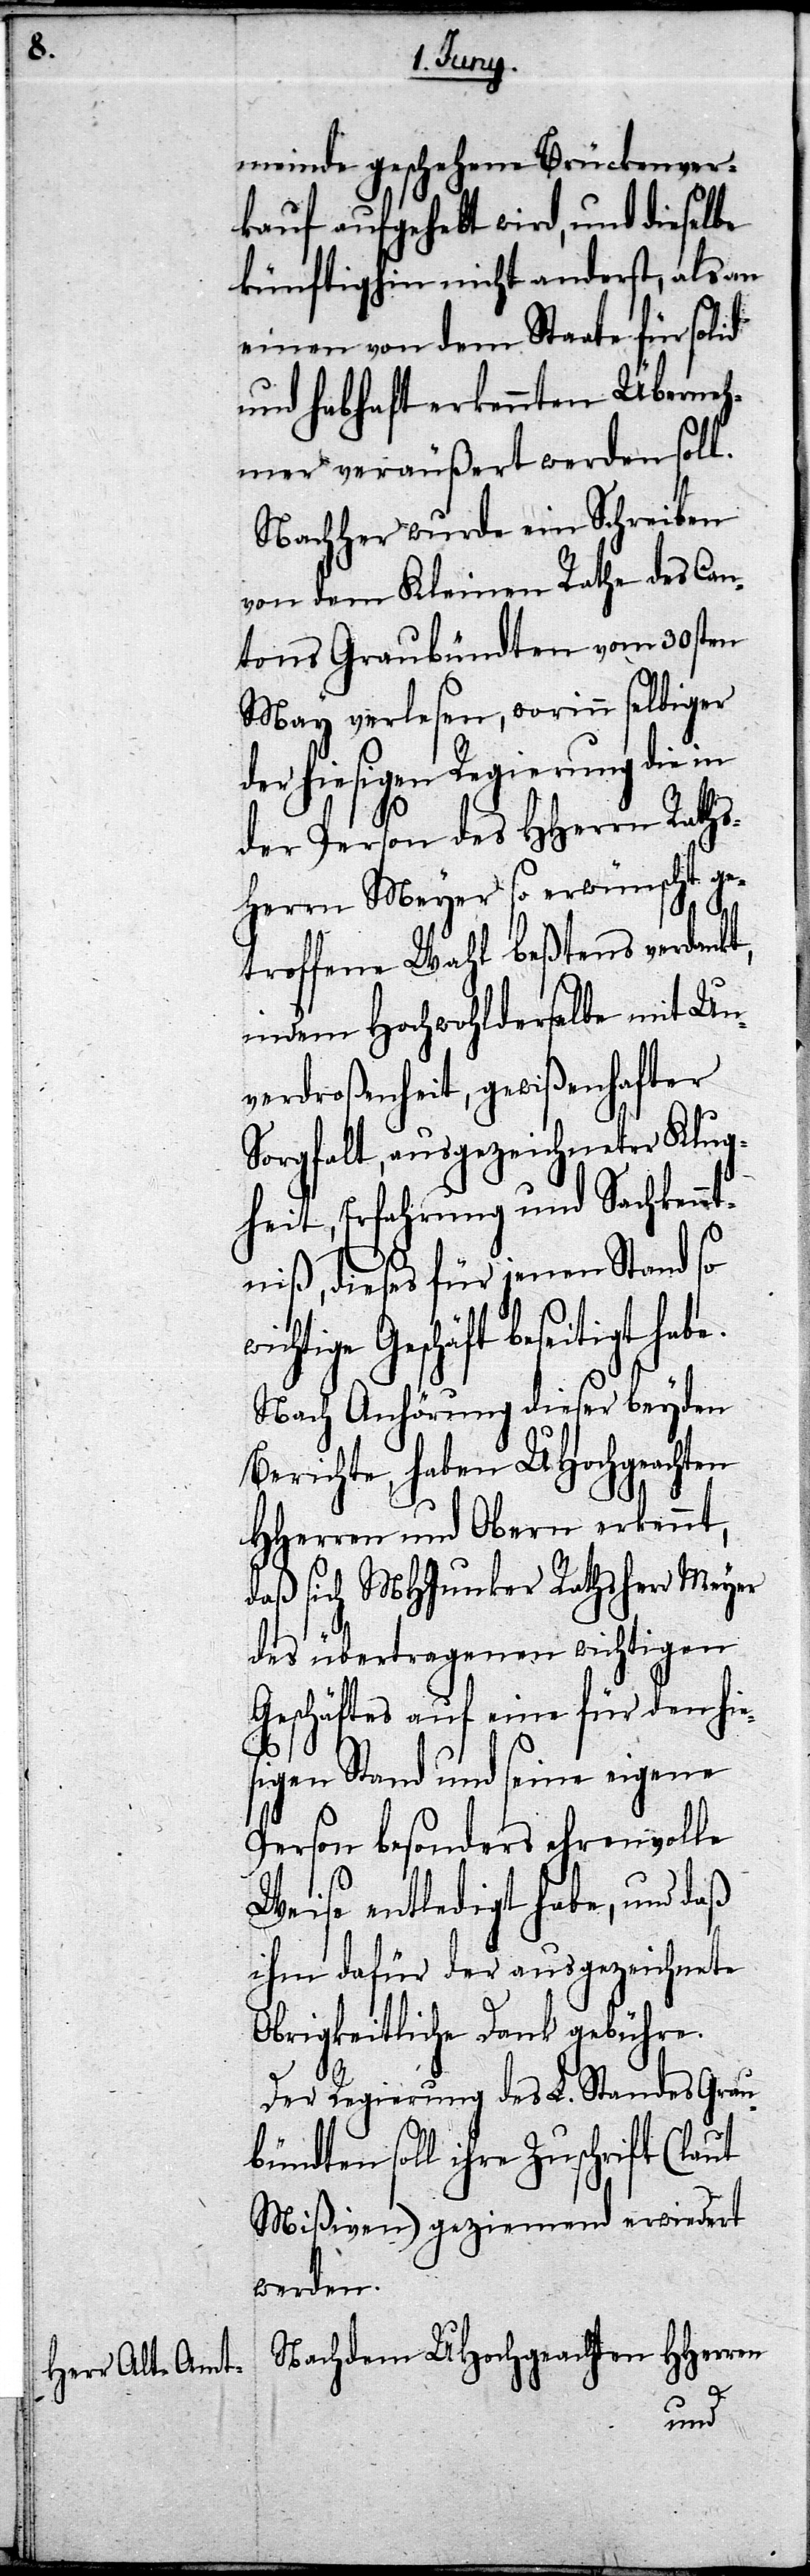
meinde geschehene Brückenver¬
kauf aufgehebt wird, und dieselbe
künftighin nicht anderst, als an
einen von dem Staate für solid
und habhaft erkennten Überneh¬
mer veräußert werden soll.
Nachher wurde ein Schreiben
von dem Kleinen Rathe des Can¬
tons Graubündten vom 30sten
May verlesen, worinn selbiger
der hiesigen Regierung die in
es¬
der Person des HHerrn Raths¬
herrn Meyer so erwünscht ge¬
troffene Wahl beßtens verdankt,
indem Hochwohlderselbe mit Un¬
verdroßenheit, gewißenhafter
Sorgfalt, ausgezeichneter Klug¬
heit, Erfahrung und Sachkennt¬
niß, dieses für jenen Stand so
Geschäft beseitigt hab¬
Nach Anhörung dieser beyden
Berichte, haben UHochgeachten
HHerren und Obern erkennt,
daß sich MHJunker Rathsherr Meyer
des übertragenen wichtigen
Geschäftes auf eine für den hi¬
igen Stand und seine eigene
Person besonders ehrenvolle
Weise entledigt habe, und daß
ihm dafür der ausgezeichnete
Obrigkeitliche Dank gebühre.
Der Regierung des L. Standes Grau¬
bündten soll ihre Zuschrift (laut
Mißiven) geziemend erwiedert
werden.
Nachdem UHochgeachten HHerren